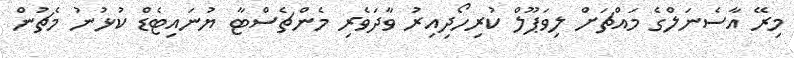
މިރޭ އާސެނަލްގެ މައްޗަށް ލިވަޕޫލް ކުރިހޯދިއިރު ވާދަވެރި މެންޗެސްޓާ ޔުނައިޓެޑް ކުޅުނު މެޗުން